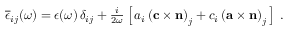
\begin{array} { r } { \overline { { \epsilon } } _ { i j } ( \omega ) = \epsilon ( \omega ) \, \delta _ { i j } + \frac { i } { 2 \omega } \left[ \, a _ { i } \left( { \bf c } \times { \bf n } \right) _ { j } + c _ { i } \left( { \bf a } \times { \bf n } \right) _ { j } \, \right] \; . } \end{array}